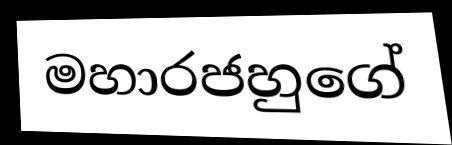
මහාරජහුගේ